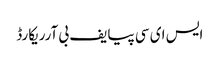
ایس ای سی پیایف بی آرریکارڈ